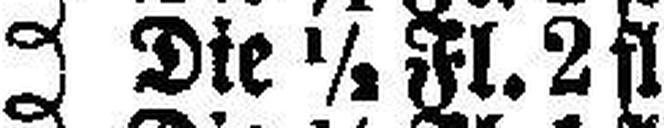
Die ½ Fl. 2 fl.